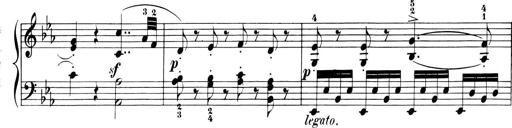
Title: 6 Piano Sonatinas
Composer: Cornelius Gurlitt